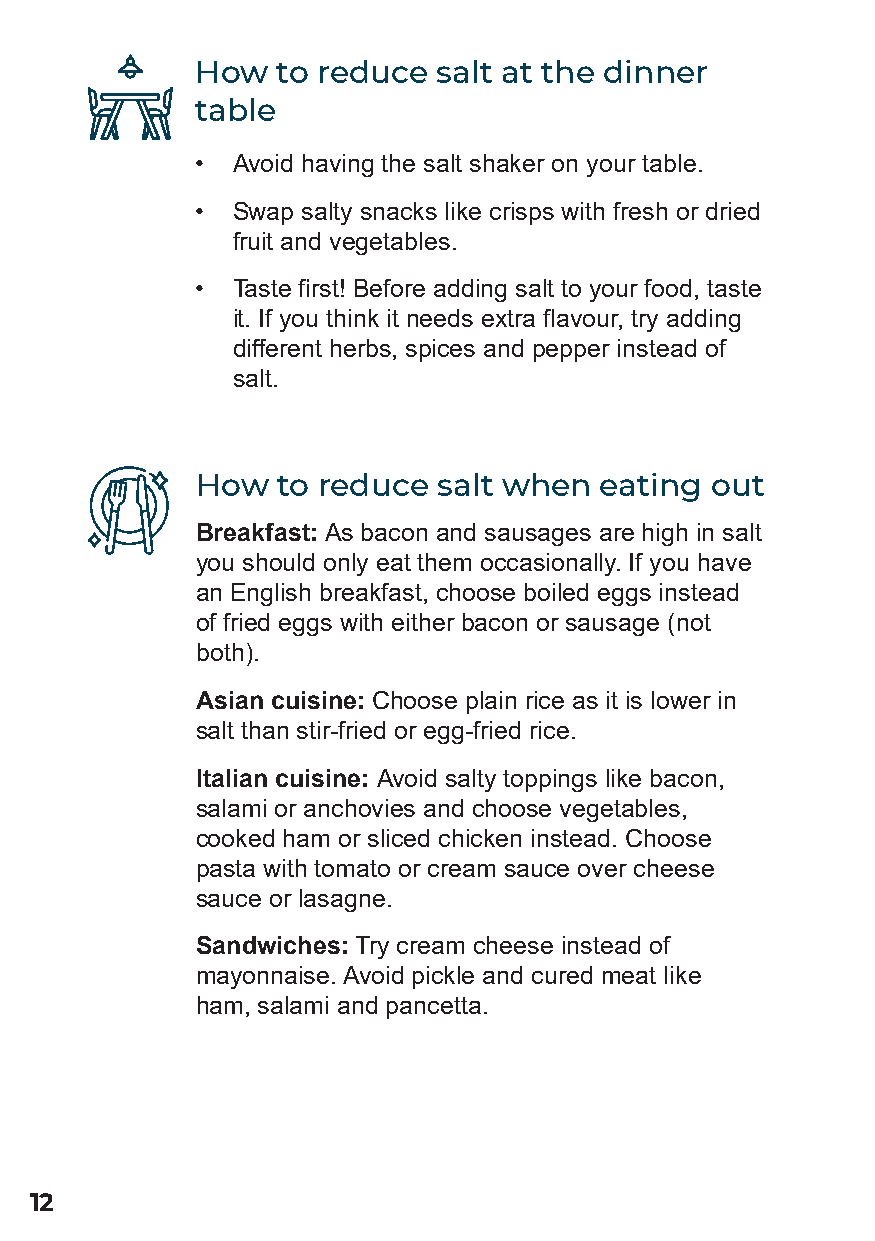
How  to reduce  salt at the dinner
 table
 • Avoid having the salt shaker on your table.
 • Swap salty snacks like crisps with fresh or dried
 fruit and vegetables.
 • Taste first! Before adding salt to your food, taste
 it. If you think it needs extra flavour, try adding
 different herbs, spices and pepper instead of
 salt.
 How  to reduce  salt when  eating out
 Breakfast: As bacon and sausages are high in salt
 you should only eat them occasionally. If you have
 an English breakfast, choose boiled eggs instead
 of fried eggs with either bacon or sausage (not
 both).
 Asian cuisine: Choose plain rice as it is lower in
 salt than stir-fried or egg-fried rice.
 Italian cuisine: Avoid salty toppings like bacon,
 salami or anchovies and choose vegetables,
 cooked ham or sliced chicken instead. Choose
 pasta with tomato or cream sauce over cheese
 sauce or lasagne.
 Sandwiches: Try cream cheese instead of
 mayonnaise. Avoid pickle and cured meat like
 ham, salami and pancetta.
 12